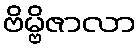
ဗိမ္ဗိဇာလာ